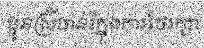
ប្អូនស្រីចាន់រីក្នុងការថែរក្សា